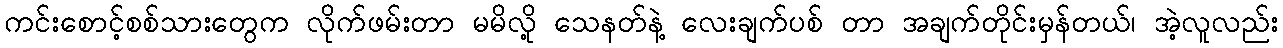
ကင်းစောင့်စစ်သားတွေက လိုက်ဖမ်းတာ မမိလို့ သေနတ်နဲ့ လေးချက်ပစ် တာ အချက်တိုင်းမှန်တယ်၊ အဲ့လူလည်း